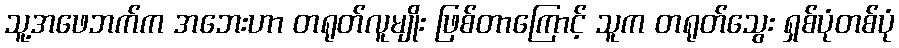
သူ့အဖေဘက်က အဘေးဟာ တရုတ်လူမျိုး ဖြစ်တာကြောင့် သူက တရုတ်သွေး ရှစ်ပုံတစ်ပုံ